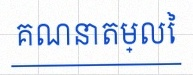
គណនាតម្លៃ